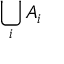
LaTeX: \bigcup _ { i } A _ { i }